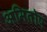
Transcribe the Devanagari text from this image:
अमितोष